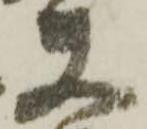
夫